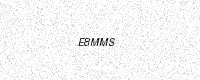
Text: E8MMS